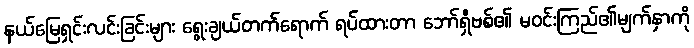
နယ်မြေရှင်းလင်းခြင်းများ ရွေးချယ်တက်ရောက် ရပ်ထားတာ ဘော်ရှီဗစ်၏ မဝင်းကြည်၏မျက်နှာကို